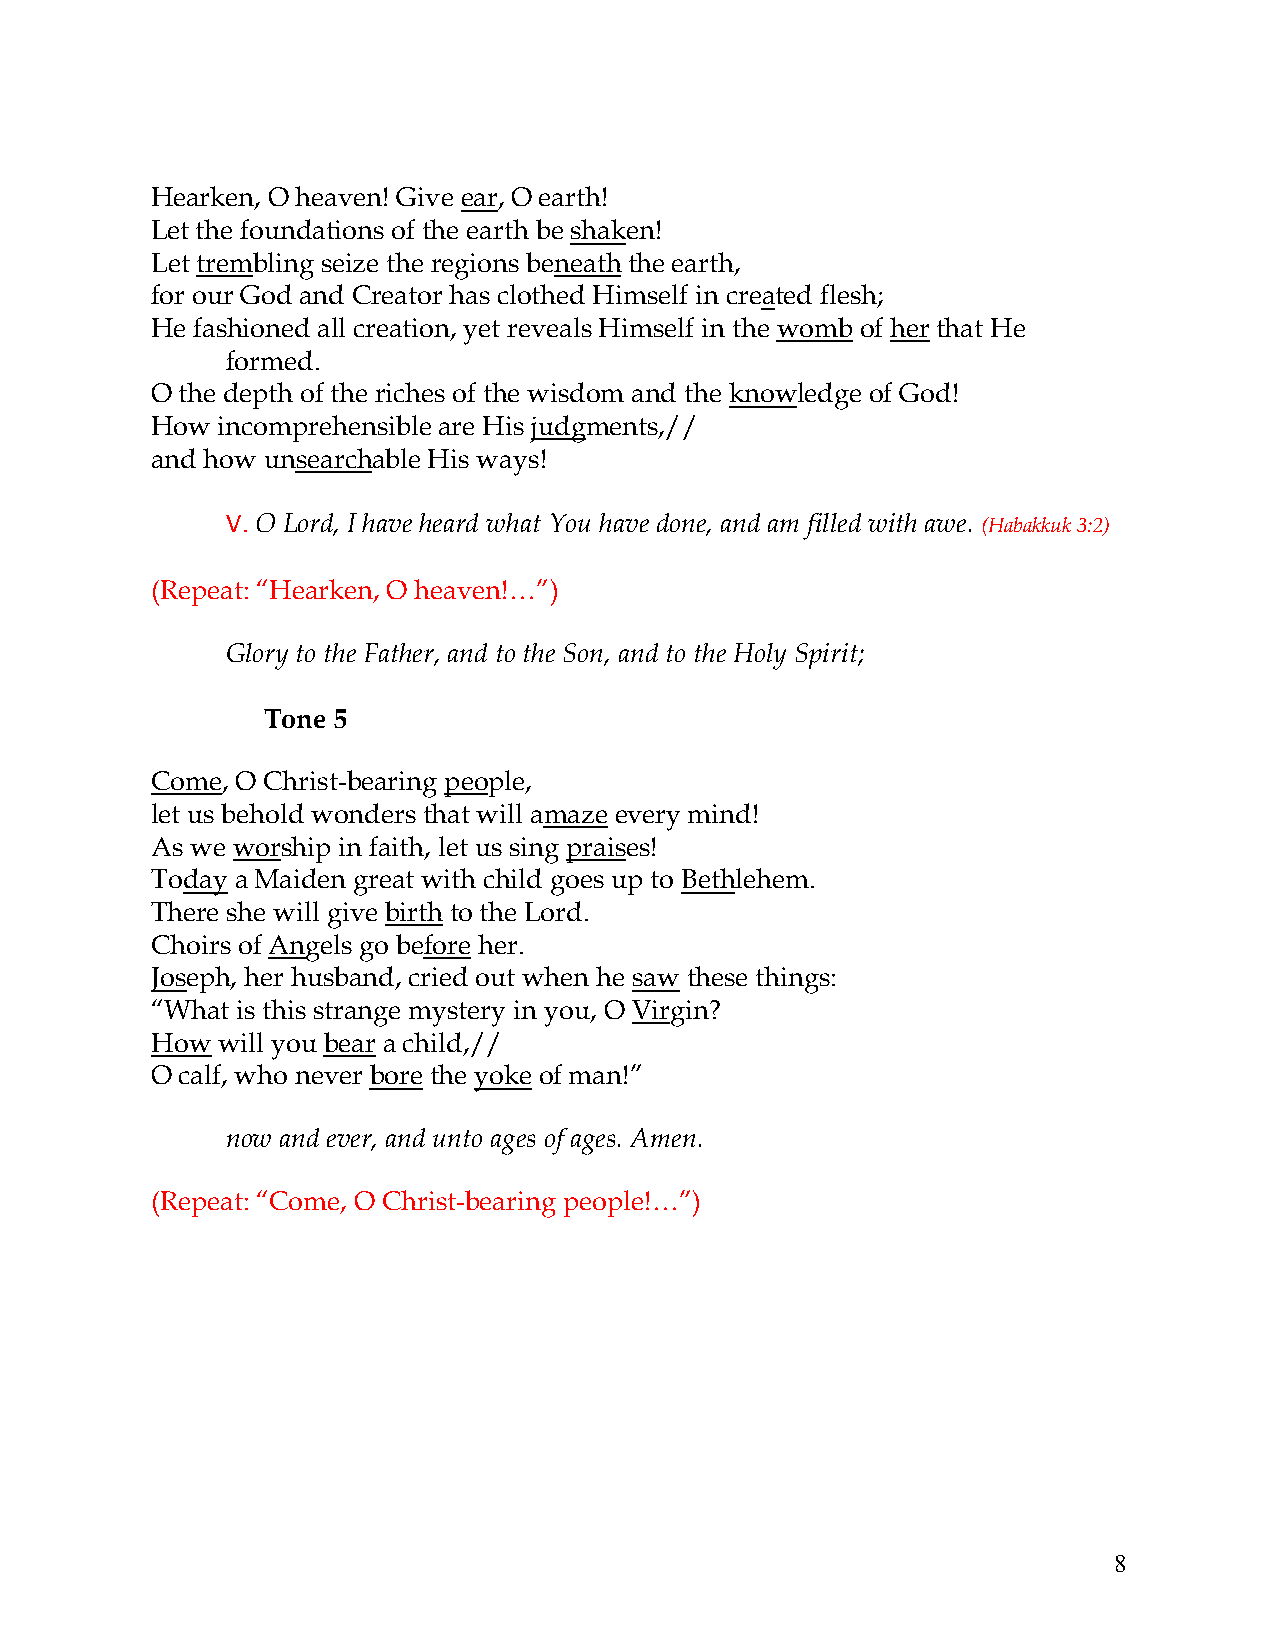
Hearken, O heaven! Give ear, O earth!
 Let the foundations of the earth be shaken!
 Let trembling seize the regions beneath the earth,
 for our God and Creator has clothed Himself in created flesh;
 He fashioned all creation, yet reveals Himself in the womb of her that He
 formed.
 O the depth of the riches of the wisdom and the knowledge of God!
 How incomprehensible are His judgments,//
 and how unsearchable His ways!
 V. O Lord, I have heard what You have done, and am filled with awe. (Habakkuk 3:2)
 (Repeat: “Hearken, O heaven!…”)
 Glory to the Father, and to the Son, and to the Holy Spirit;
 Tone 5
 Come, O Christ-bearing people,
 let us behold wonders that will amaze every mind!
 As we worship in faith, let us sing praises!
 Today a Maiden great with child goes up to Bethlehem.
 There she will give birth to the Lord.
 Choirs of Angels go before her.
 Joseph, her husband, cried out when he saw these things:
 “What is this strange mystery in you, O Virgin?
 How will you bear a child,//
 O calf, who never bore the yoke of man!”
 now and ever, and unto ages of ages. Amen.
 (Repeat: “Come, O Christ-bearing people!…”)
 8